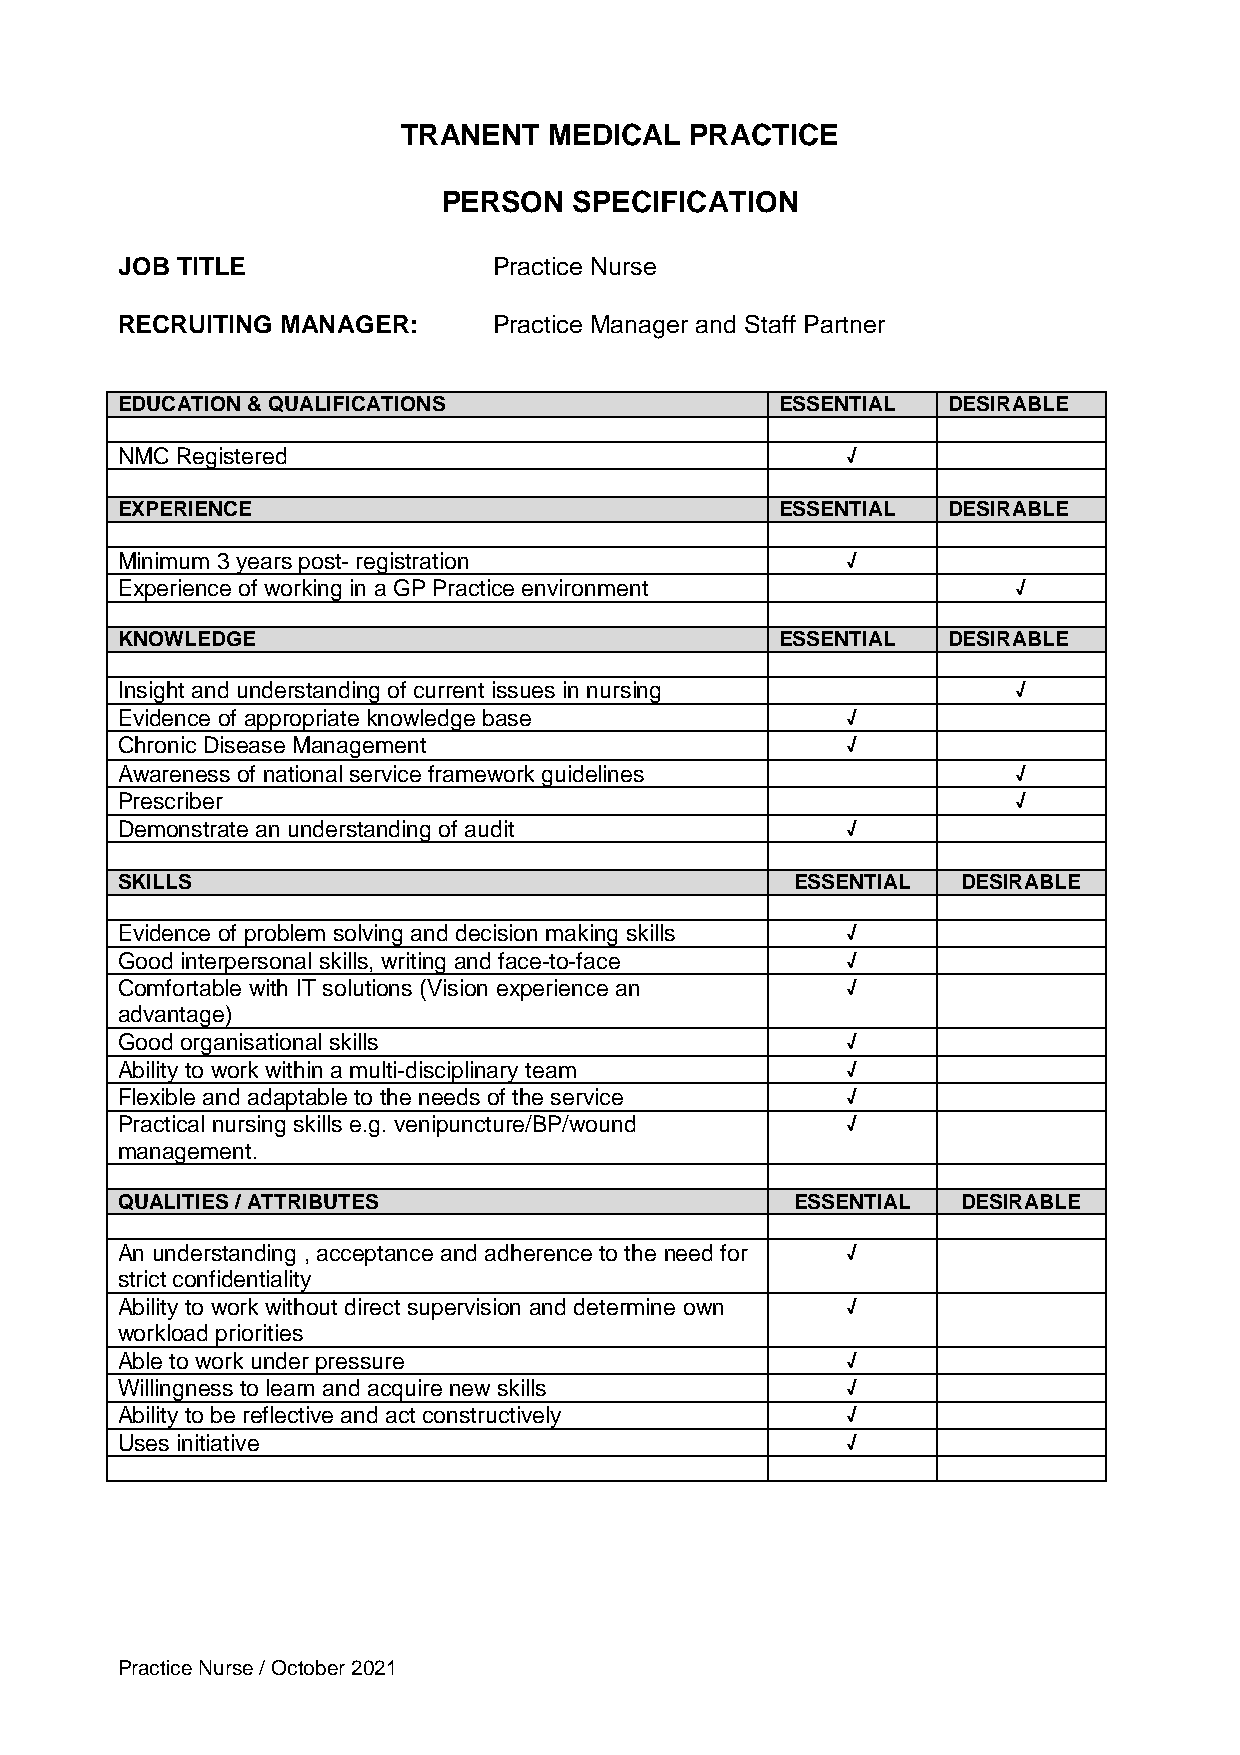
TRANENT  MEDICAL   PRACTICE
 PERSON   SPECIFICATION
 JOB TITLE                Practice Nurse
 RECRUITING MANAGER:      Practice Manager and Staff Partner
 EDUCATION & QUALIFICATIONS                  ESSENTIAL  DESIRABLE
 NMC Registered                                  √
 EXPERIENCE                                  ESSENTIAL  DESIRABLE
 Minimum 3 years post- registration              √
 Experience of working in a GP Practice environment         √
 KNOWLEDGE                                   ESSENTIAL  DESIRABLE
 Insight and understanding of current issues in nursing     √
 Evidence of appropriate knowledge base          √
 Chronic Disease Management                      √
 Awareness of national service framework guidelines         √
 Prescriber                                                 √
 Demonstrate an understanding of audit           √
 SKILLS                                       ESSENTIAL  DESIRABLE
 Evidence of problem solving and decision making skills √
 Good interpersonal skills, writing and face-to-face √
 Comfortable with IT solutions (Vision experience an √
 advantage)
 Good organisational skills                      √
 Ability to work within a multi-disciplinary team √
 Flexible and adaptable to the needs of the service √
 Practical nursing skills e.g. venipuncture/BP/wound √
 management.
 QUALITIES / ATTRIBUTES                       ESSENTIAL  DESIRABLE
 An understanding , acceptance and adherence to the need for √
 strict confidentiality
 Ability to work without direct supervision and determine own √
 workload priorities
 Able to work under pressure                     √
 Willingness to learn and acquire new skills     √
 Ability to be reflective and act constructively √
 Uses initiative                                 √
 Practice Nurse / October 2021